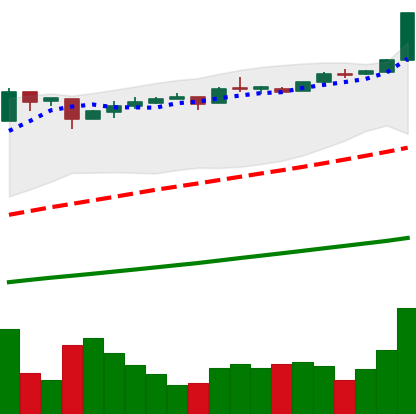
Ticker: BTC-USD
Chart end date: 2016-12-21
Forward return: 8.79%
Label: up_7plus